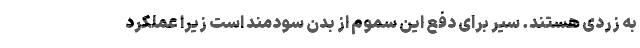
به زردی هستند. سیر برای دفع این سموم از بدن سودمند است زیرا عملکرد